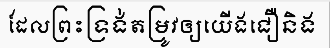
ដែលព្រះទ្រង់តម្រូវឲ្យយើងជឿនិង